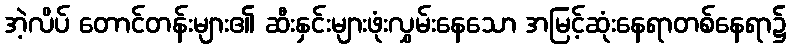
အဲ့လိပ် တောင်တန်းများ၏ ဆီးနှင်းများဖုံးလွှမ်းနေသော အမြင့်ဆုံးနေရာတစ်နေရာ၌